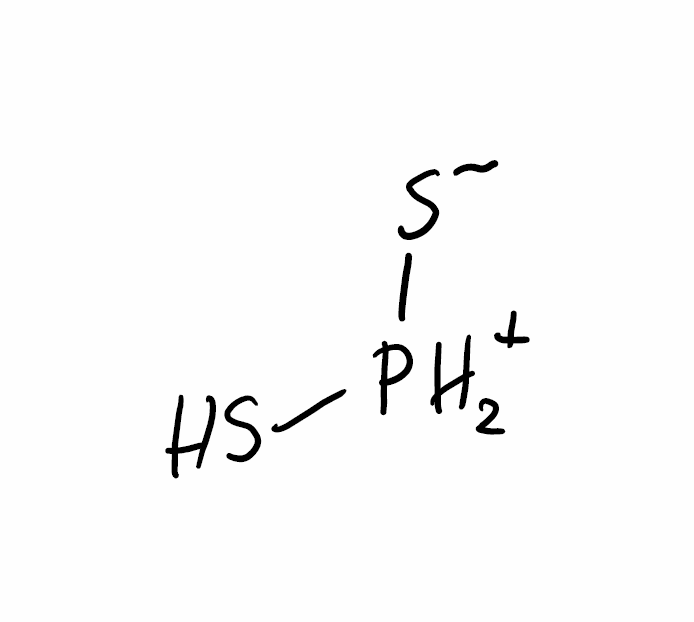
Simplified molecular-input line-entry system (SMILES) notation of the given molecule:
[PH2+](S)[S-]